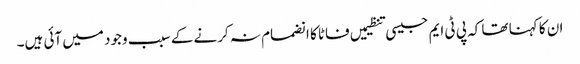
ان کا کہنا تھا کہ پی ٹی ایم جیسی تنظیمیں فاٹا کا انضمام نہ کرنے کے سبب وجود میں آئی ہیں۔